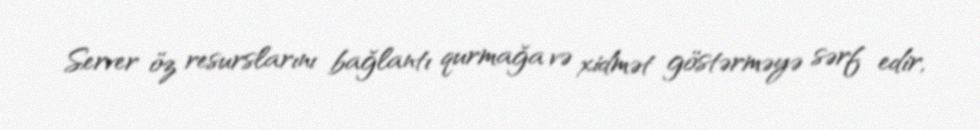
Server öz resurslarını bağlantı qurmağa və xidmət göstərməyə sərf edir,